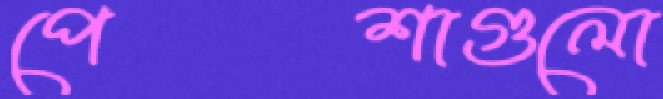
পেশাগুলো